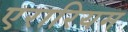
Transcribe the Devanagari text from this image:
एरारियम